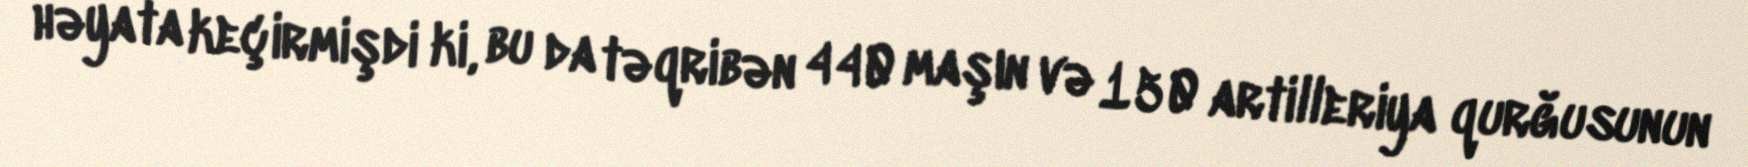
həyata keçirmişdi ki, bu da təqribən 440 maşın və 150 artilleriya qurğusunun